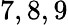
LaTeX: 7,8,9